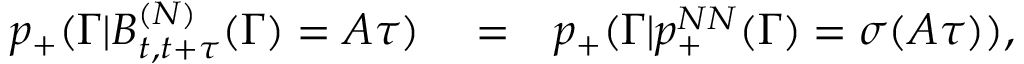
\begin{array} { r l r } { p _ { + } ( \Gamma | B _ { t , t + \tau } ^ { ( N ) } ( \Gamma ) = A \tau ) } & { { } = } & { p _ { + } ( \Gamma | p _ { + } ^ { N N } ( \Gamma ) = \sigma ( A \tau ) ) , } \end{array}